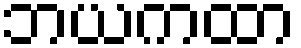
ဘယကထာ